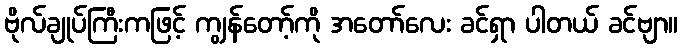
ဗိုလ်ချုပ်ကြီးကဖြင့် ကျွန်တော့်ကို အတော်လေး ခင်ရှာ ပါတယ် ခင်ဗျာ။